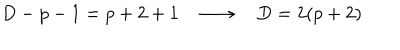
LaTeX: D - p - 1 = p + 2 + 1 \quad \longrightarrow \quad D = 2 ( p + 2 )